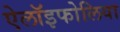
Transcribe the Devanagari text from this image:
ऐलॉइफोलिया